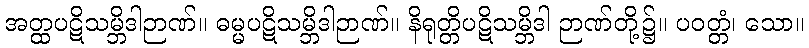
အတ္ထပဋိသမ္ဘိဒါဉာဏ်။ ဓမ္မပဋိသမ္ဘိဒါဉာဏ်။ နိရုတ္တိပဋိသမ္ဘိဒါ ဉာဏ်တို့၌။ ပဝတ္တံ၊ သော။